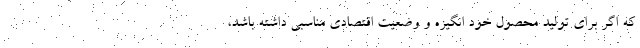
که اگر برای تولید محصول خود انگیزه و وضعیت اقتصادی مناسبی داشته باشد،